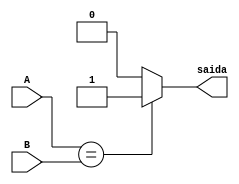
module comparador_ID(
  input[31:0] A, B,
  output reg saida
  );

  always @ ( * ) begin
    if (A == B)
      saida = 1;

    else
      saida = 0;
  end
  
  endmodule